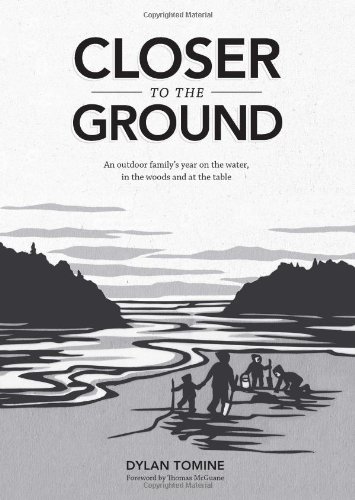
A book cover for Closer to the Ground: An outdoor family's year on the water, in the woods and at the table; Dylan Tomine; Crafts, Hobbies & Home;